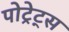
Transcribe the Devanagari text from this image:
पोट्रेट्स